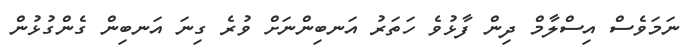
ނަމަވެސް އިސްލާމް ދިން ފާޅުވެ ހަތަރު އަނބިންނަށް ވުރެ ގިނަ އަނބިން ގެންގުޅުން